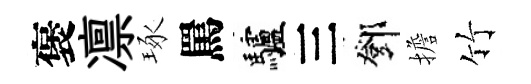
褒凛琢罵驢三鄧擔竹